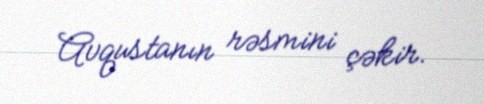
Avqustanın rəsmini çəkir.